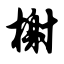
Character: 榭